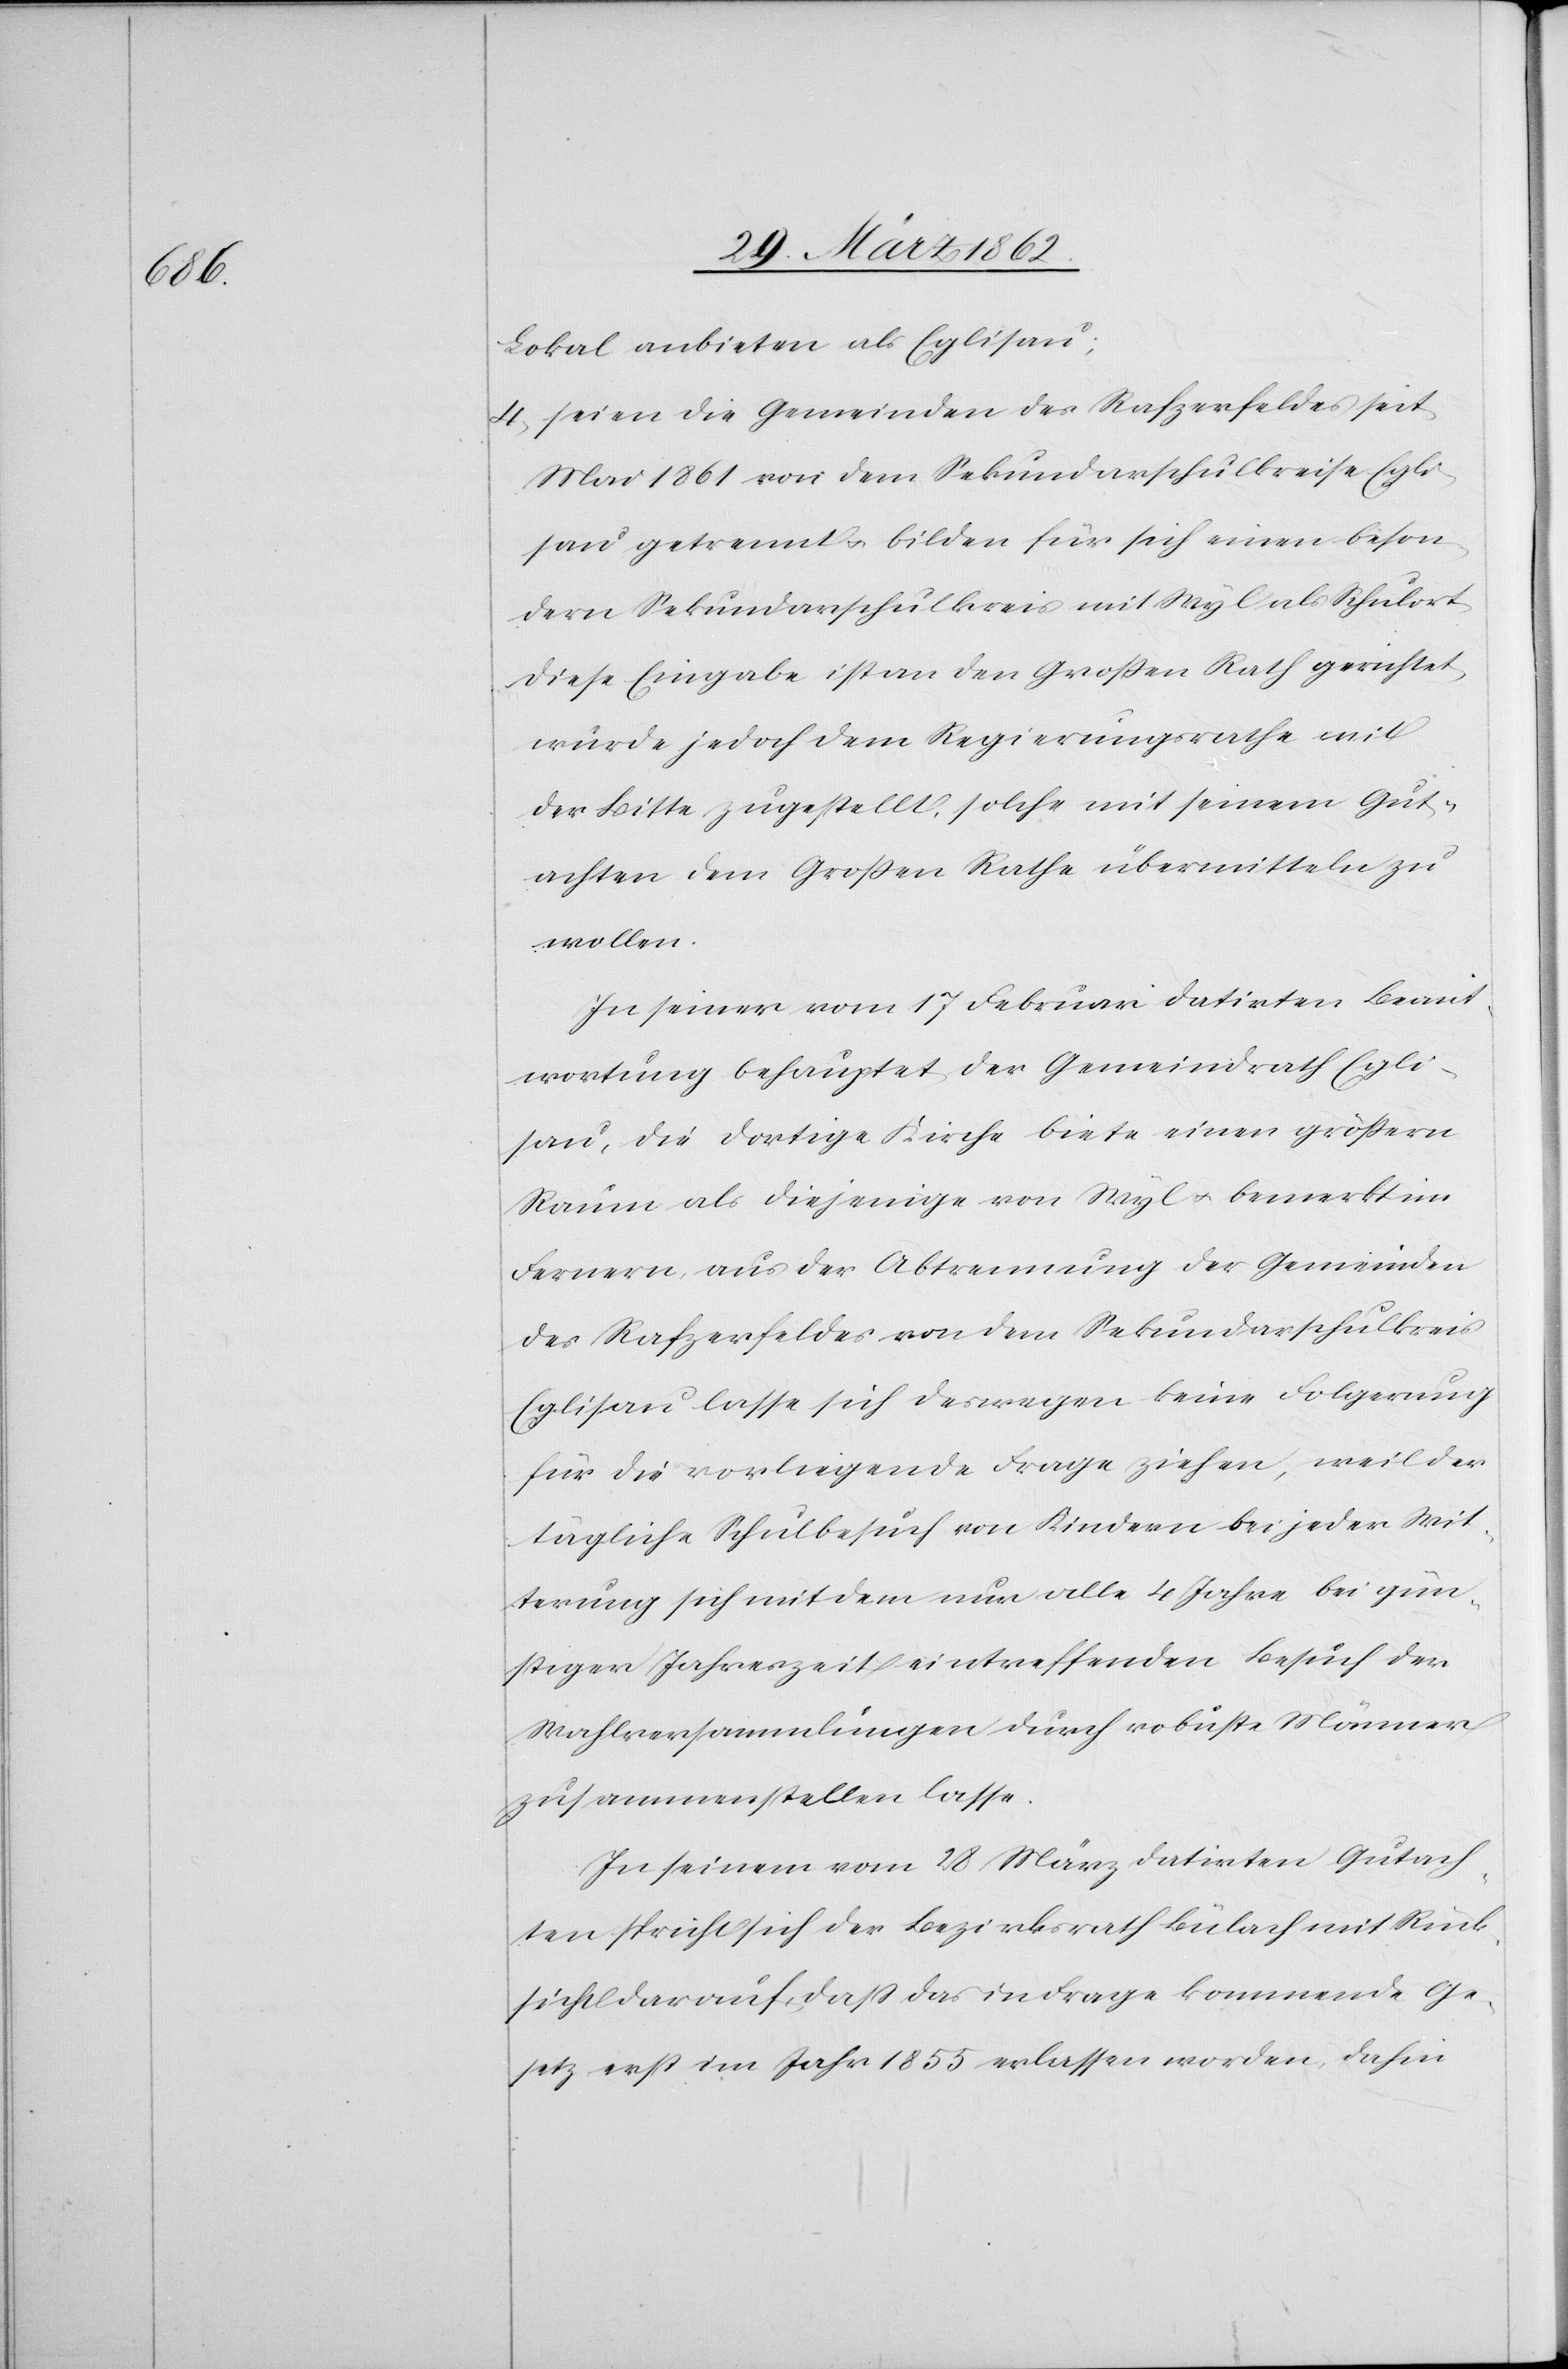
Lokal anbieten als Eglisau;
4) seien die Gemeinden des Rafzerfeldes seit
Mai 1861 von dem Sekundarschulkreise Egli¬
sau getrennt u. bilden für sich einen beson¬
dern Sekundarschulkreis mit Wyl als Schulort.
Diese Eingabe ist an den Großen Rath gerichtet,
wurde jedoch dem Regierungsrathe mit
der Bitte zugestellt, solche mit seinem Gut¬
achten dem Großen Rathe übermitteln zu
wollen.
In seiner vom 17 Februar datirten Beant¬
wortung behauptet der Gemeindrath Egli¬
sau, die dortige Kirche biete einen größern
Raum als diejenige von Wyl u. bemerkt im
Fernern, aus der Abtrennung der Gemeinden
des Rafzerfeldes von dem Sekundarschulkreis
Eglisau lasse sich deswegen keine Folgerung
für die vorliegende Frage ziehen, weil der
tägliche Schulbesuch von Kindern bei jeder Wit¬
terung sich mit dem nur alle 4 Jahre bei gün¬
stiger Jahreszeit eintreffenden Besuch der
Wahlversammlungen durch robuste Männer
zusammenstellen lasse.
In seinem vom 28 März datirten Gutach¬
ten spricht sich der Bezirksrath Bülach mit Rück¬
sicht darauf, daß das in Frage kommende Ge¬
setz erst im Jahr 1855 erlassen worden sei, dahin